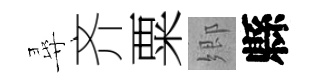
尋齐粟郷縣